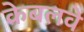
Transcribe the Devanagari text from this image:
केबलवे